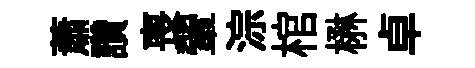
蕭讚喪翬淙棺楙卓